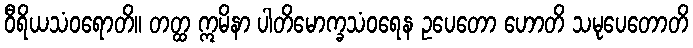
ဝီရိယသံဝရောတိ။ တတ္ထ ဣမိနာ ပါတိမောက္ခသံဝရေန ဥပေတော ဟောတိ သမုပေတောတိ